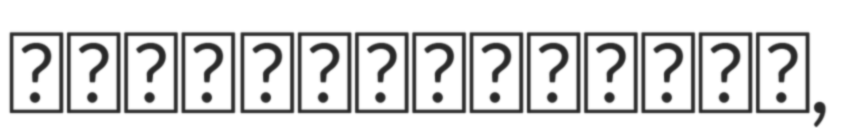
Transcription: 嵐を呼ぶ 栄光のヤキニクロード,